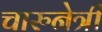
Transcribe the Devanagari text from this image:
चारुनेत्री